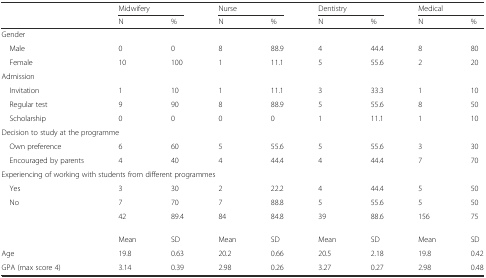
<table><thead><tr><td></td><td colspan="2"><b>Midwifery</b></td><td colspan="2"><b>Nurse</b></td><td colspan="2"><b>Dentistry</b></td><td colspan="2"><b>Medical</b></td></tr><tr><td></td><td><b>N</b></td><td><b>%</b></td><td><b>N</b></td><td><b>%</b></td><td><b>N</b></td><td><b>%</b></td><td><b>N</b></td><td><b>%</b></td></tr></thead><tbody><tr><td colspan="9">Gender</td></tr><tr><td> Male</td><td>0</td><td>0</td><td>8</td><td>88.9</td><td>4</td><td>44.4</td><td>8</td><td>80</td></tr><tr><td> Female</td><td>10</td><td>100</td><td>1</td><td>11.1</td><td>5</td><td>55.6</td><td>2</td><td>20</td></tr><tr><td colspan="9">Admission</td></tr><tr><td> Invitation</td><td>1</td><td>10</td><td>1</td><td>11.1</td><td>3</td><td>33.3</td><td>1</td><td>10</td></tr><tr><td> Regular test</td><td>9</td><td>90</td><td>8</td><td>88.9</td><td>5</td><td>55.6</td><td>8</td><td>50</td></tr><tr><td> Scholarship</td><td>0</td><td>0</td><td>0</td><td>0</td><td>1</td><td>11.1</td><td>1</td><td>10</td></tr><tr><td colspan="9">Decision to study at the programme</td></tr><tr><td> Own preference</td><td>6</td><td>60</td><td>5</td><td>55.6</td><td>5</td><td>55.6</td><td>3</td><td>30</td></tr><tr><td> Encouraged by parents</td><td>4</td><td>40</td><td>4</td><td>44.4</td><td>4</td><td>44.4</td><td>7</td><td>70</td></tr><tr><td colspan="9">Experiencing of working with students from different programmes</td></tr><tr><td> Yes</td><td>3</td><td>30</td><td>2</td><td>22.2</td><td>4</td><td>44.4</td><td>5</td><td>50</td></tr><tr><td> No</td><td>7</td><td>70</td><td>7</td><td>88.8</td><td>5</td><td>55.6</td><td>5</td><td>50</td></tr><tr><td></td><td>42</td><td>89.4</td><td>84</td><td>84.8</td><td>39</td><td>88.6</td><td>156</td><td>75</td></tr><tr><td></td><td>Mean</td><td>SD</td><td>Mean</td><td>SD</td><td>Mean</td><td>SD</td><td>Mean</td><td>SD</td></tr><tr><td>Age</td><td>19.8</td><td>0.63</td><td>20.2</td><td>0.66</td><td>20.5</td><td>2.18</td><td>19.8</td><td>0.42</td></tr><tr><td>GPA (max score 4)</td><td>3.14</td><td>0.39</td><td>2.98</td><td>0.26</td><td>3.27</td><td>0.27</td><td>2.98</td><td>0.48</td></tr></tbody></table>